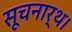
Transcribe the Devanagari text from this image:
सूचनार्थ।